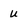
Character: u